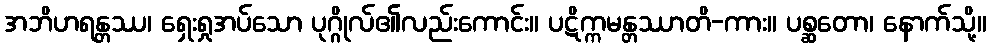
အဘိဟရန္တဿ၊ ရှေးရှုအပ်သော ပုဂ္ဂိုလ်၏လည်းကောင်း။ ပဋိက္ကမန္တဿာတိ-ကား။ ပစ္ဆတော၊ နောက်သို့။